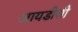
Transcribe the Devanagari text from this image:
आयडीसी